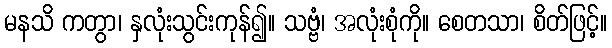
မနသိ ကတွာ၊ နှလုံးသွင်းကုန်၍။ သဗ္ဗံ၊ အလုံးစုံကို။ စေတသာ၊ စိတ်ဖြင့်။